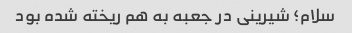
سلام؛ شیرینی در جعبه به هم ریخته شده بود